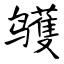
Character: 鹱